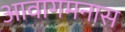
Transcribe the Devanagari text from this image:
आवागमनास